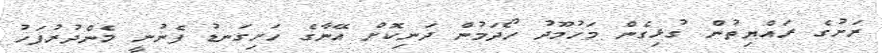
ރަށުގެ ރައްޔިތުން ގުޅިގެން މަހުމޫދު ހޯދަމުން ދަނިކޮށް އޭނާގެ ހަށިގަނޑު ފެނުނީ މެންދުރުފަހު